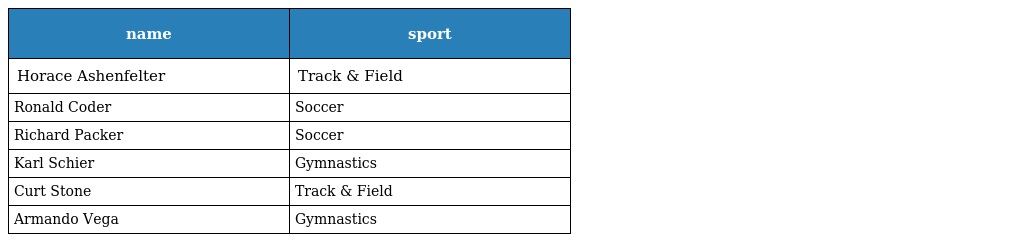
| name | sport |
 | --- | --- |
 | Horace Ashenfelter | Track & Field |
 | Ronald Coder | Soccer |
 | Richard Packer | Soccer |
 | Karl Schier | Gymnastics |
 | Curt Stone | Track & Field |
 | Armando Vega | Gymnastics |